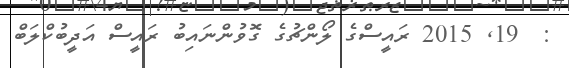
:  19